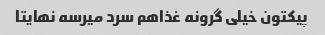
پیکتون خیلی گرونه غذاهم سرد میرسه نهایتا